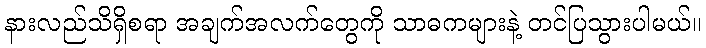
နားလည်သိရှိစရာ အချက်အလက်တွေကို သာဓကများနဲ့ တင်ပြသွားပါမယ်။